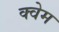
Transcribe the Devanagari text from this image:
क्वेम